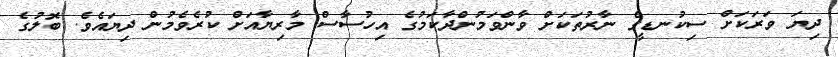
ދިޔަ ވަރަކަށް ސިކުނޑީގެ ނާރުތަކަށް ވާންވަމުންދާކަމުގެ އިހުސާސް މާރިޔާއަށް ކުރެވެމުން ދިޔައެވެ. ބޮލުގެ